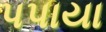
પપાયા